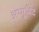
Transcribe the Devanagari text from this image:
अय्यूबिद